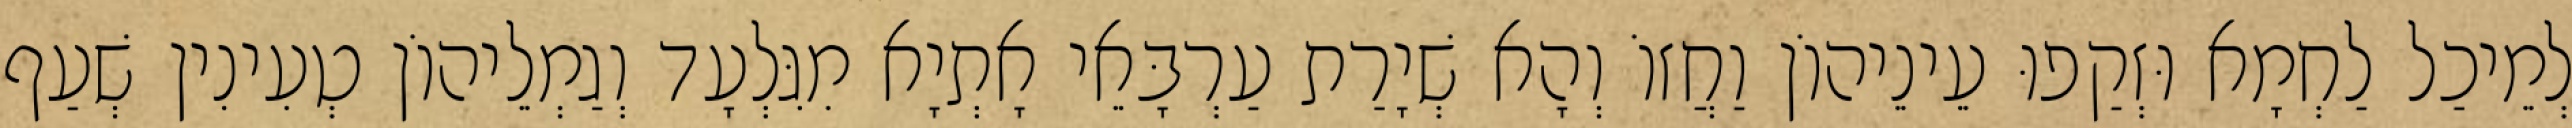
לְמֵיכַל לַחְמָא וּזְקַפוּ עֵינֵיהוֹן וַחֲזוֹ וְהָא שְׁיָרַת עַרְבָּאֵי אָתְיָא מִגִּלְעָד וְגַמְלֵיהוֹן טְעִינִין שְׁעַף